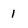
Character: 1